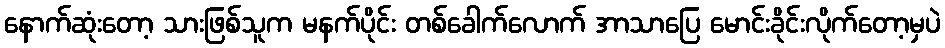
နောက်ဆုံးတော့ သားဖြစ်သူက မနက်ပိုင်း တစ်ခေါက်လောက် အာသာပြေ မောင်းခိုင်းလိုက်တော့မှပဲ